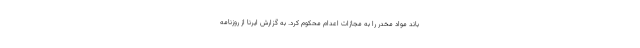
باند مواد مخدر را به مجازات اعدام محکوم کرد. به گزارش ایرنا از روزنامه